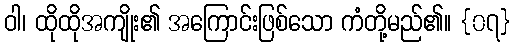
ဝါ၊ ထိုထိုအကျိုး၏ အကြောင်းဖြစ်သော ကံတို့မည်၏။ {၀၇}